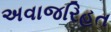
અવાજરિહત